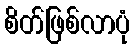
စိတ်ဖြစ်လာပုံ